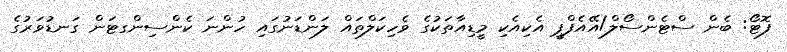
ފޮޓޯ: ބެން ސްޓެންސޯލް/އޭއެފްޕީ އެކިއެކި މީޑިއާތަކުގެ ވެހިކަލްތައް ލަންޑަނުގައި ހުންނަ ކެންސިންގޓަން ގަނޑުވަރުގެ